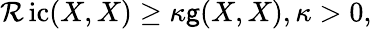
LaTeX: \operatorname{\mathcal{R}ic}(X,X)\geq\kappa\mathsf{g}(X,X),\kappa>0,